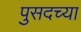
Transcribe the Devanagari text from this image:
पुसदच्या